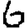
Digit: 6